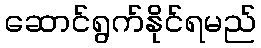
ဆောင်ရွက်နိုင်ရမည်